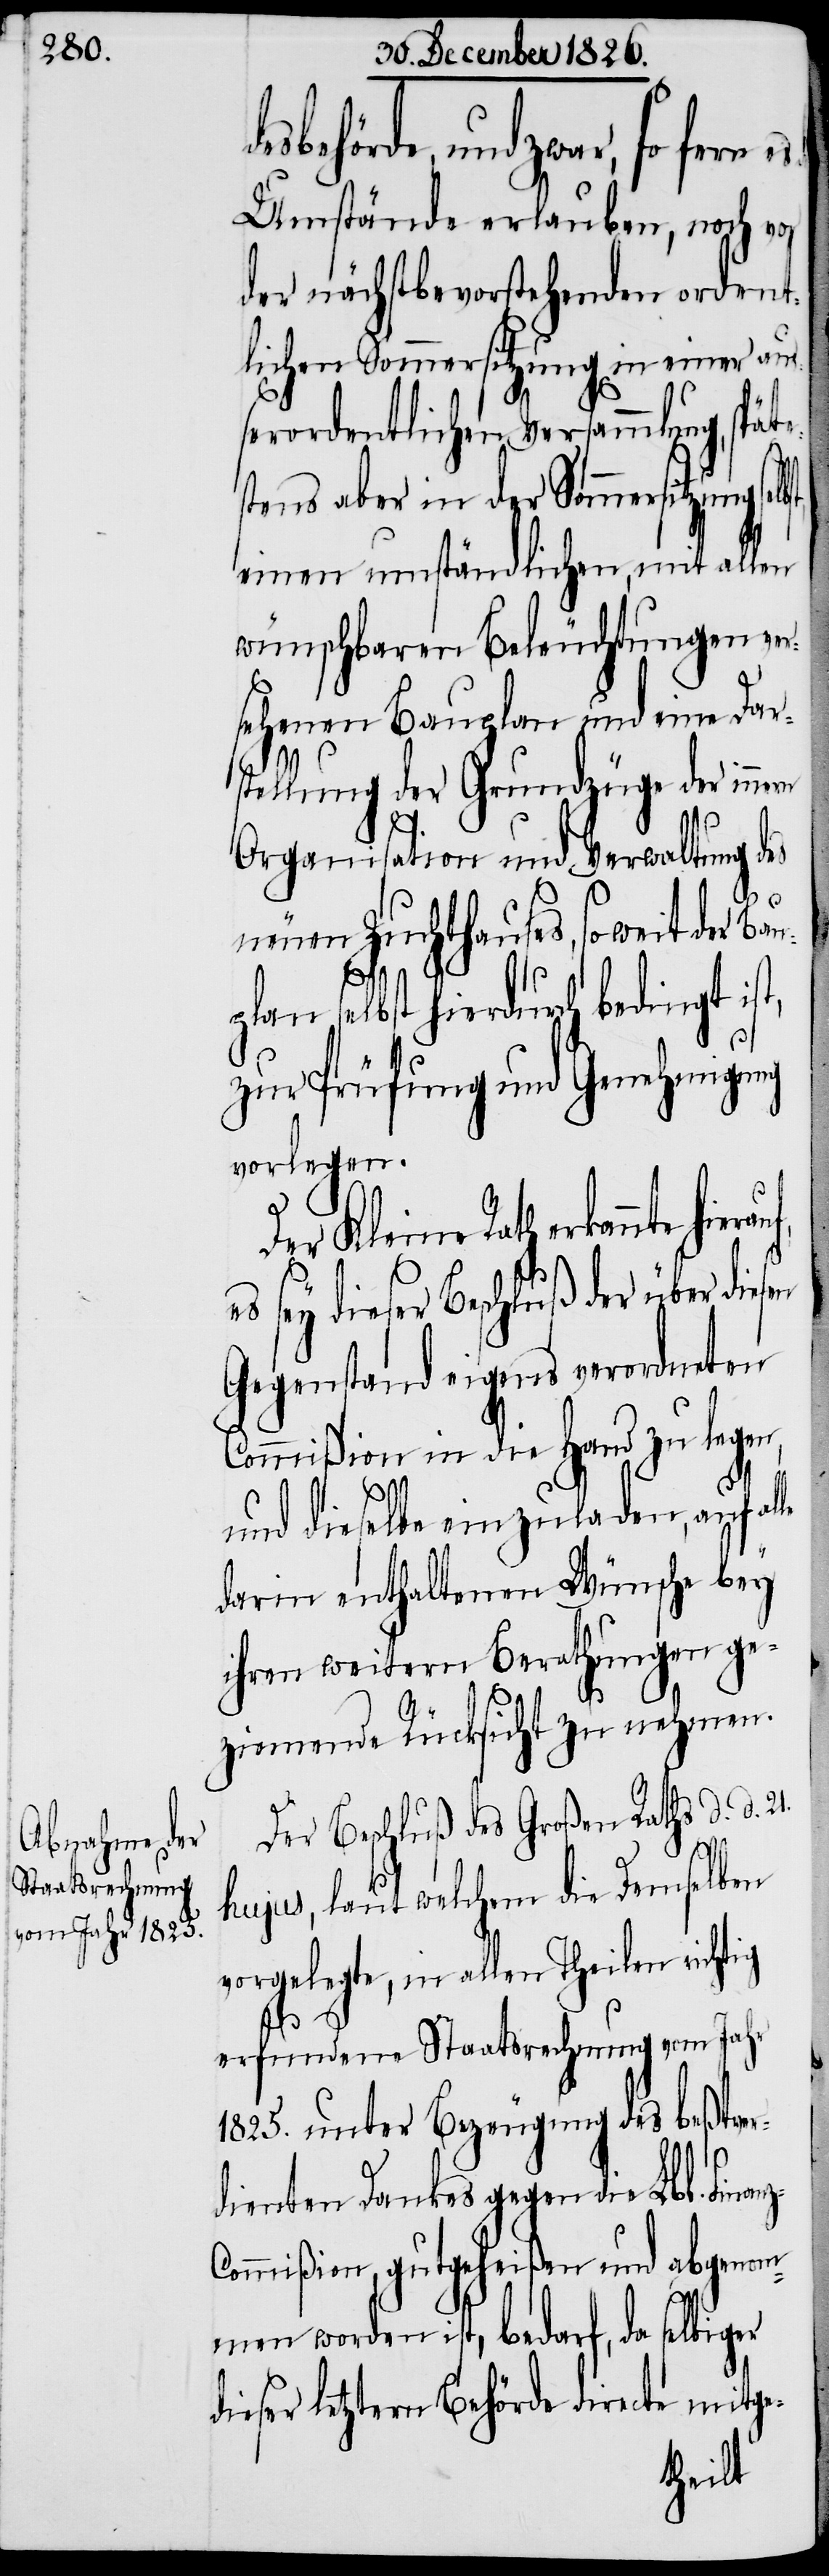
behörde, und zwar, so fern
Umstände erlauben, noch vor
der nächstbevorstehenden ordent¬
lichen Sommersitzung in einer au¬
ßerordentlichen Versammlung, sp¬
stens aber in der Sommersitzung
einen umständlichen, mit allen
wünschbaren Beleuchtungen ver¬
sehenen Bauplan und eine Dars¬
tellung der Grundzüge der inn¬
Organisation und Verwaltung des
sen
neuen Zuchthauses, soweit der Bau¬
nz-C¬
plan selbst hierdurch bedingt ist,
zur Prüfung und Genehmigung
vorlegen.
Der Kleine Rath erkannte
sey dieser Beschluß der über die¬
Gegenstand eigens verordneten
Commißion in die Hand zu legen,
und dieselbe einzuladen, auf alle
darin enthaltenen Wünsche bey
hungen ge¬
ihren weitern Berat¬
ziemende Rücksicht zu nehmen.
Der Beschluß des Großen Raths d. d.
21.
hujus, laut welchem die Demselben
vorgelegte, in allen Theilen richtig
erfundene Staatsrechnung vom Jahr
1825. unter Bezeugung des beßtver¬
dienten Dankes gegen die Lbl. Fina¬
ommißion, gutgeheißen und abgenom¬
men worden ist, bedarf, da selbiger
dieser letztern Behörde directe mitge-